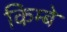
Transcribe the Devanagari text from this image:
किम्बे